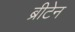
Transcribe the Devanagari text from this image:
ब्रीटेन